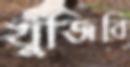
খুঁজিবি